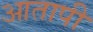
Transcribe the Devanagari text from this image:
आतापी